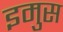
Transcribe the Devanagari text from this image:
इमुस